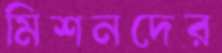
মিশনদের